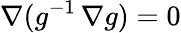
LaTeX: \nabla(g^{-1}\, \nabla g)=0